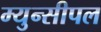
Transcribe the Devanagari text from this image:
म्युन्सीपल